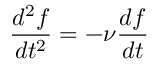
\frac { d ^ { 2 } f } { d t ^ { 2 } } = - \nu \frac { d f } { d t }